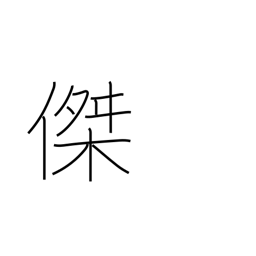
Meaning: excellence